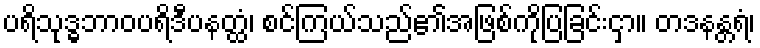
ပရိသုဒ္ဓဘာဝပရိဒီပနတ္ထံ၊ စင်ကြယ်သည်၏အဖြစ်ကိုပြခြင်းငှာ။ တဒနန္တရံ၊